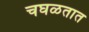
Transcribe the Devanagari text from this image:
चघळतात